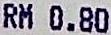
RM 0.80